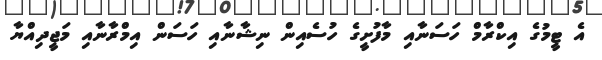
އެ ޓީމުގެ އިކްރާމް ހަސަނާއި މާފުށީގެ ހުސެއިން ނިޝާނާއި ހަސަން އިމްރާނާއި މަޖީދިއްޔާ